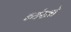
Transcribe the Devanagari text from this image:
ब्यंखो